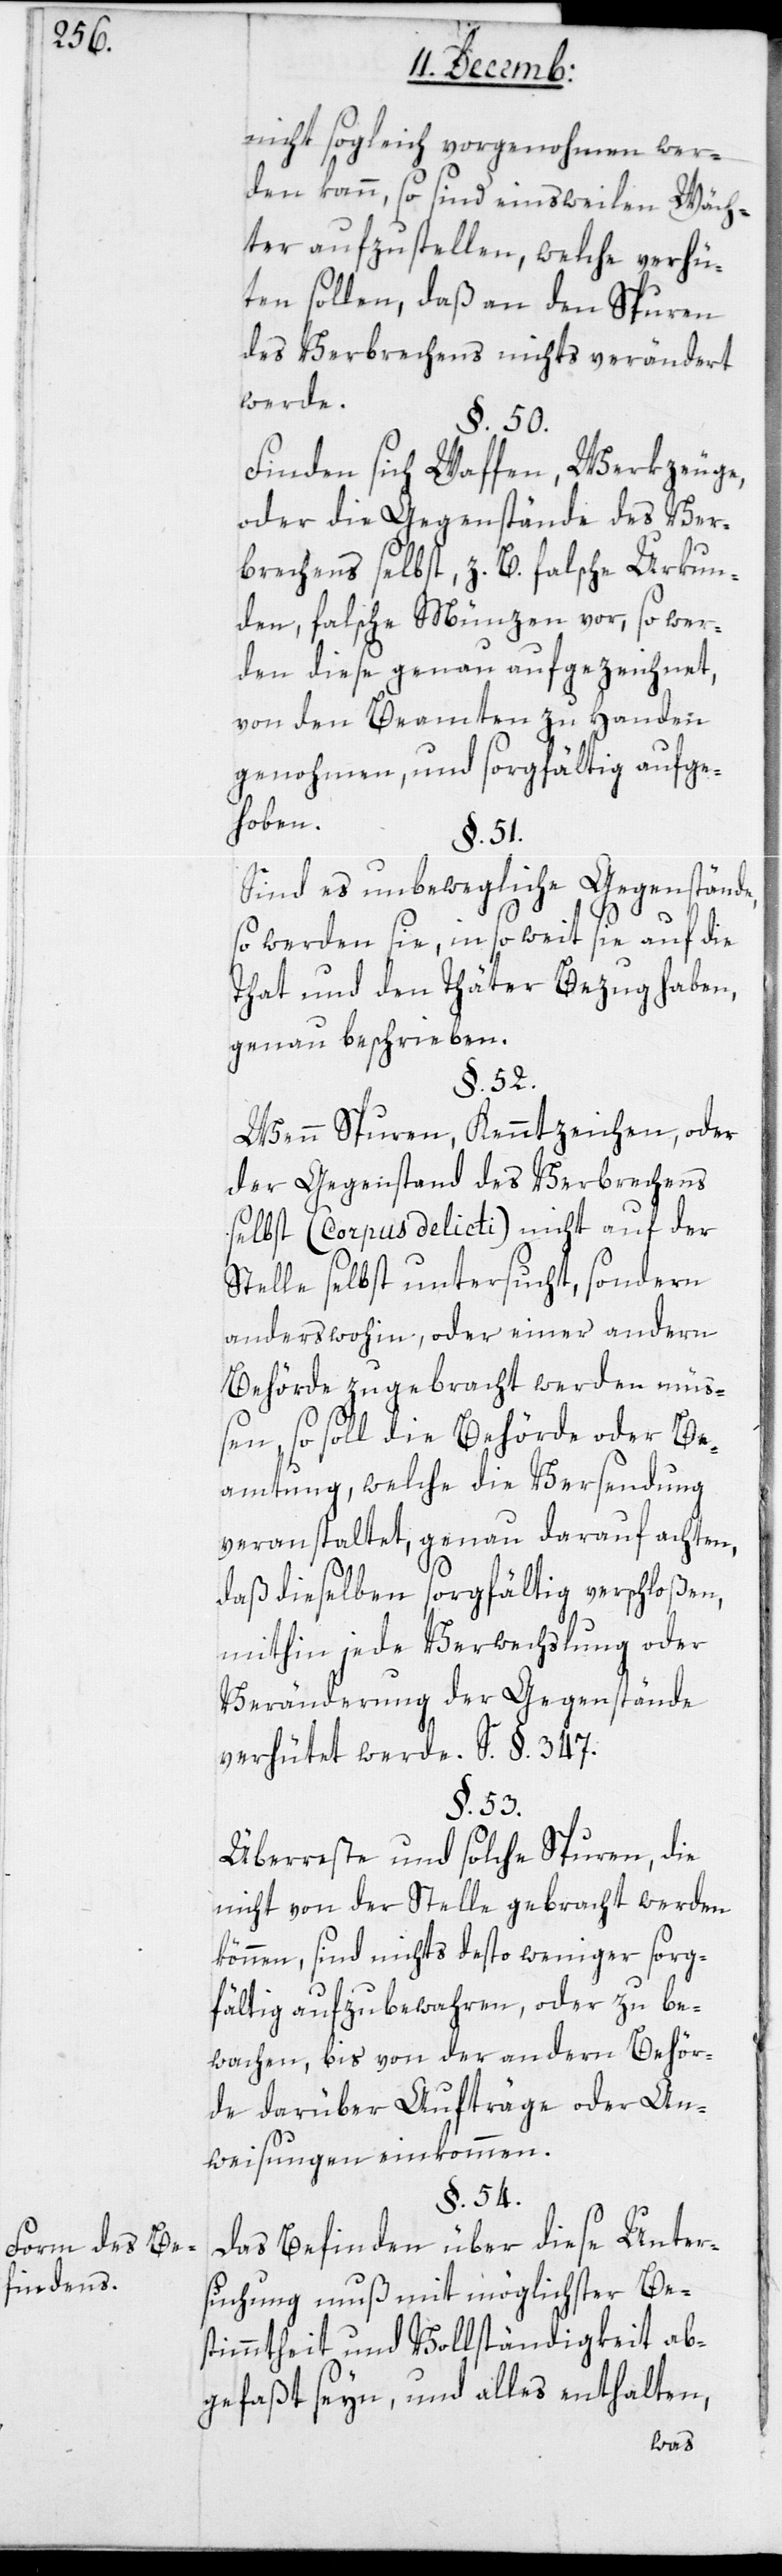
Form des Be¬
findens.

nicht sogleich vorgenohmen wer¬
den kann, so sind einstweilen Wäch¬
ter aufzustellen, welche verhü¬
ten sollen, daß an den Spuren
des Verbrechens nichts verändert
werde.
§. 50.
Finden sich Waffen, Werkzeuge
oder die Gegenstände des Ver¬
brechens selbst, z. B. falsche Urkun¬
den, falsche Münzen vor, so wer¬
den diese genau aufgezeichnet,
von den Beamten zu Handen
genohmen und sorgfältig aufge¬
hoben.
§. 51.
Sind es unbewegliche Gegenstände,
so werden sie, in so weit sie auf die
That und den Thäter Bezug haben,
genau beschrieben.
§. 52.
Wenn Spuren, Kennzeichen oder
der Gegenstand des Verbrechens
selbst (Corpus delicti) nicht auf der
Stelle selbst untersucht, sondern
anderswohin oder einer andern
Behörde zugebracht werden müß¬
en, so soll die Behörde oder Be¬
amtung, welche die Versendung
veranstaltet, genau darauf achten,
daß dieselben sorgfältig verschloßen,
mithin jede Verwechslung oder
Veränderung der Gegenstände
verhütet werde. S. §. 347.
§. 53.
Überreste und solche Spuren, die
nicht von der Stelle gebracht werden
können, sind nichts desto weniger sorg¬
fältig aufzubewahren oder zu be¬
wachen, bis von der andern Behör¬
de darüber Aufträge oder An¬
weisungen einkommen.
§. 54.
Das Befinden über diese Unter¬
suchung muß mit möglichster Be¬
stimmtheit und Vollständigkeit ab¬
gefaßt seyn, und alles enthalten,